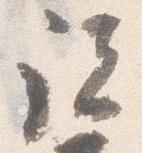
諸